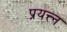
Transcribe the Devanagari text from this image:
प्रयत्त्‍न